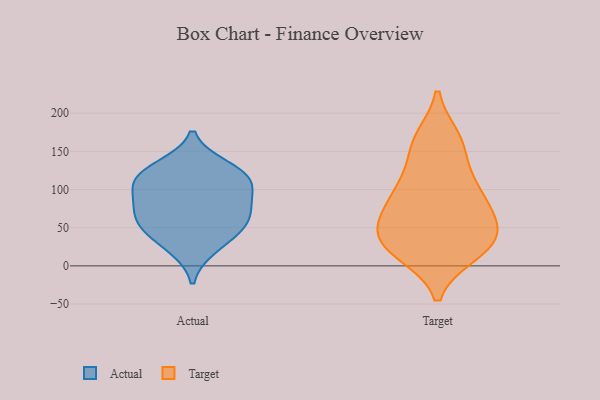
{"axis": {"x": "Population (Million)", "y": "Value"}, "legend": ["Actual", "Target"], "data": [{"x": "", "y": 24, "type": "Actual"}, {"x": "", "y": 116, "type": "Actual"}, {"x": "", "y": 81, "type": "Actual"}, {"x": "", "y": 56, "type": "Actual"}, {"x": "", "y": 83, "type": "Actual"}, {"x": "", "y": 116, "type": "Actual"}, {"x": "", "y": 129, "type": "Actual"}, {"x": "", "y": 109, "type": "Actual"}, {"x": "", "y": 61, "type": "Actual"}, {"x": "", "y": 45, "type": "Actual"}, {"x": "", "y": 53, "type": "Target"}, {"x": "", "y": 17, "type": "Target"}, {"x": "", "y": 92, "type": "Target"}, {"x": "", "y": 105, "type": "Target"}, {"x": "", "y": 70, "type": "Target"}, {"x": "", "y": 58, "type": "Target"}, {"x": "", "y": 154, "type": "Target"}, {"x": "", "y": 112, "type": "Target"}, {"x": "", "y": 27, "type": "Target"}, {"x": "", "y": 24, "type": "Target"}, {"x": "", "y": 46, "type": "Target"}, {"x": "", "y": 89, "type": "Target"}, {"x": "", "y": 166, "type": "Target"}, {"x": "", "y": 20, "type": "Target"}, {"x": "", "y": 163, "type": "Target"}, {"x": "", "y": 38, "type": "Target"}]}